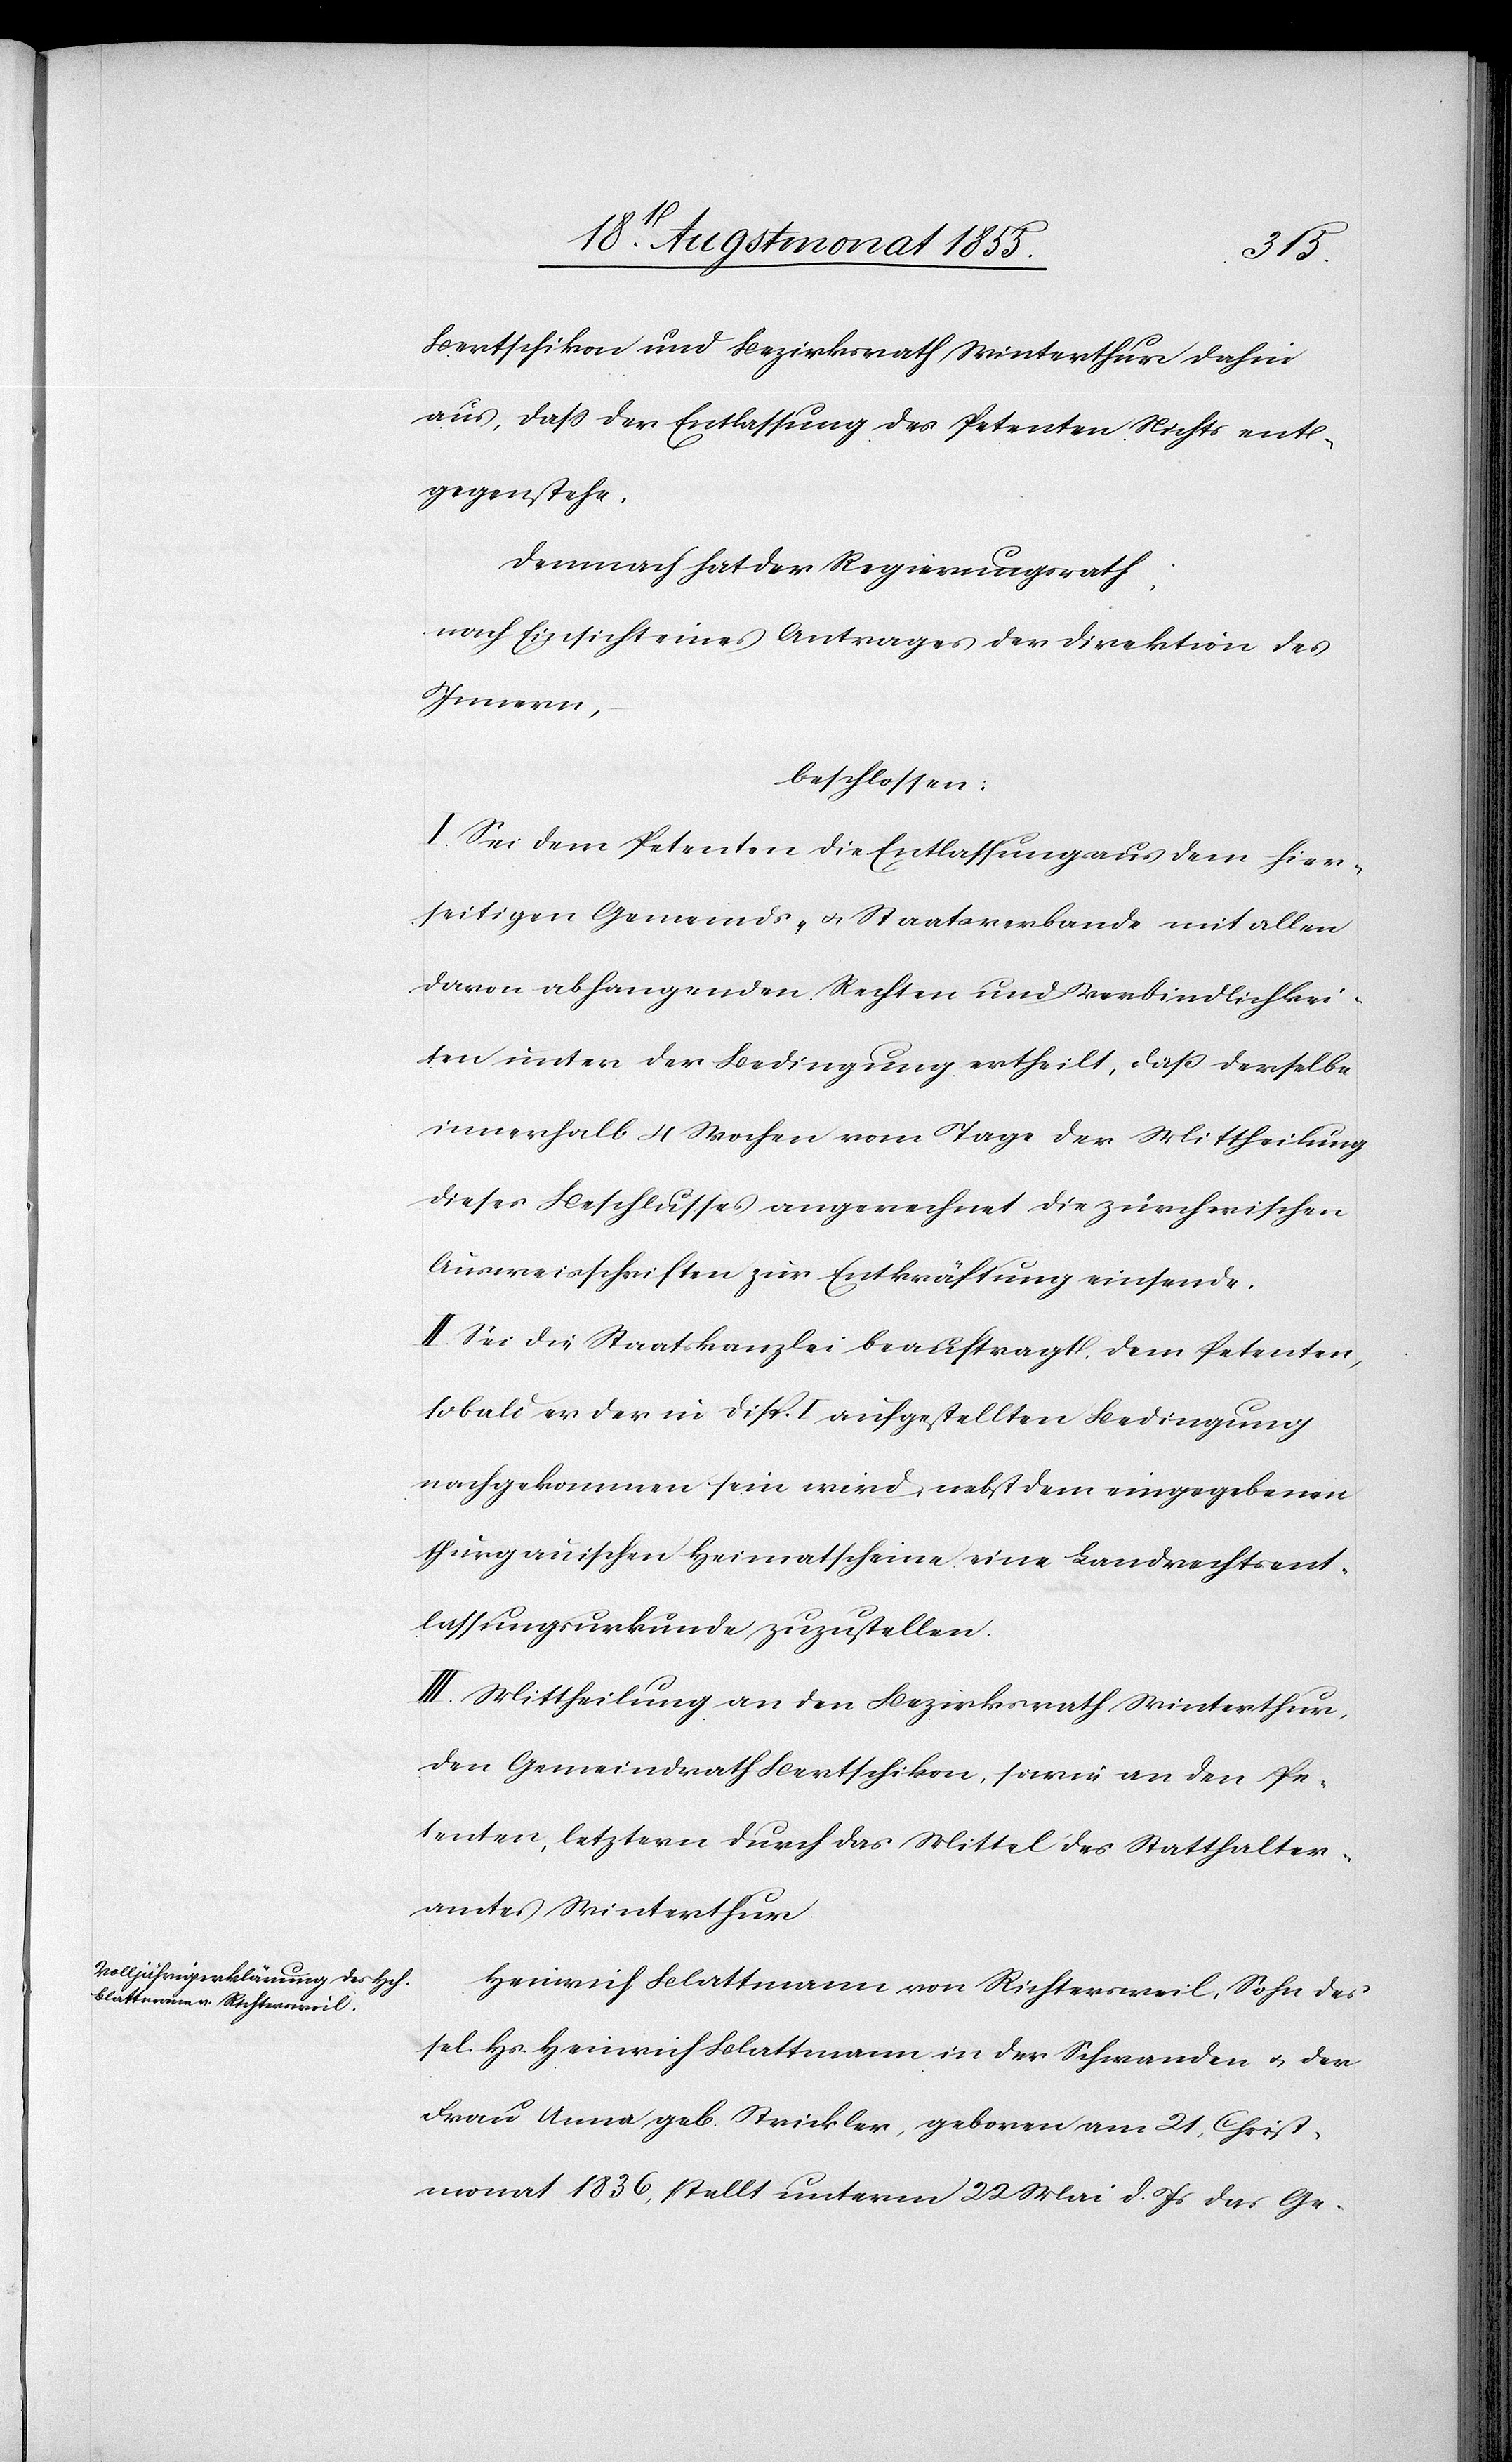
Bertschikon und Bezirksrath Winterthur dahin
aus, dass der Entlassung des Petenten Nichts ent¬
gegenstehe.
Demnach hat der Regierungsrath:
nach Einsicht eines Antrages der Direktion des
Innern,
beschlossen:
I. Sei dem Petenten die Entlassung aus dem hier¬
seitigen Gemeinds- & Staatsverbande mit allen
davon abhangenden Rechten und Verbindlichkei¬
ten unter der Bedingung ertheilt, daß derselbe
innerhalb 4 Wochen vom Tage der Mittheilung
dieses Beschlusses angerechnet die zürcherischen
Ausweisschriften zur Entkräftung einsende.
II. Sei die Staatskanzlei beauftragt, dem Petenten,
sobald er der in Disp. I aufgestellten Bedingung
nachgekommen sein wird, nebst dem eingegebenen
thurgauischen Heimatscheine eine Landrechtsent¬
lassungsurkunde zuzustellen.
III. Mittheilung an den Bezirksrath Winterthur,
den Gemeindrath Bertschikon, sowie an den Pe¬
tenten, letztern durch das Mittel des Statthalter¬
amtes Winterthur.
Heinrich Blattmann von Richtersweil, Sohn des
sel. Hs. Heinrich Blattmann in der Schwanden & der
Frau Anna geb. Strickler, geboren am 21. Christ¬
monat 1836, stellt unterm 22 Mai d. Js das Ge-